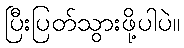
ပြီးပြတ်သွားဖို့ပါပဲ။